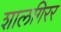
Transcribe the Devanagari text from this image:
शालगिरर